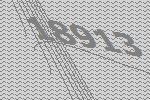
18913